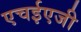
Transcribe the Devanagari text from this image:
एचईएजी